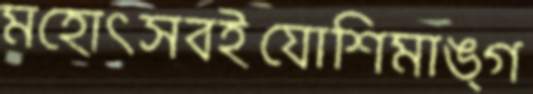
মহোৎসবইযোশিমাঙ্গ